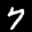
Label: 7